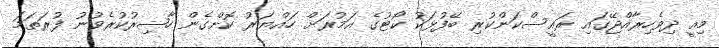
މިއީ ދިވެހިރާއްޖޭގައި ރައީސްކަންކުރި ބޭފުޅަކު ކޯޓުގެ އަމުރަށް ހައްޔަރު ކޮށްގެން ހާޟިރުކުރެވުނު ފުރަތަމަ